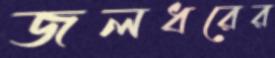
জলধরের